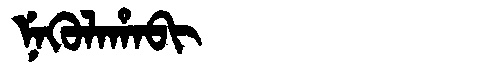
Manchu: ᠨᡝᡴᡠᠯᠠᡥᠠᠪᡳ
Romanization: NEKULAHABI